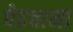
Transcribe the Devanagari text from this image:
पेहचाना